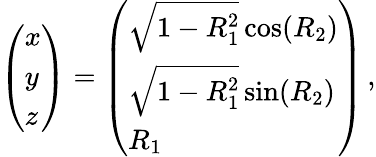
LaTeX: \left(\begin{array}{l}{x}\\ {y}\\ {z}\end{array}\right)=\left(\begin{array}{l}{\sqrt{1-R_{1}^{2}}\cos(R_{2})}\\ {\sqrt{1-R_{1}^{2}}\sin(R_{2})}\\ {R_{1}}\end{array}\right)\, ,